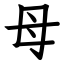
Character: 母